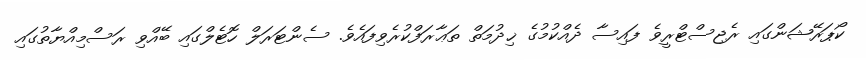
ކޯޕަރޭޝަންގައި ރެޖިސްޓްރީވެ ފައިސާ ދެއްކުމުގެ ޚިދުމަތް ތަޢާރަފްކުރެވިފައެވެ. ސެންޓަރަލް ހޮޓެލްގައި ބޭއްވި ރަސްމިއްޔާތުގައި